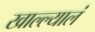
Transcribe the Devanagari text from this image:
खाल्ल्यालं